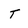
Character: T